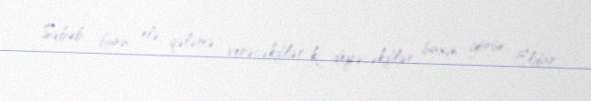
Səbəb, bunu elə qələmə verəcəkdilər ki, deyəcəkdilər, baxın, görün Eldar